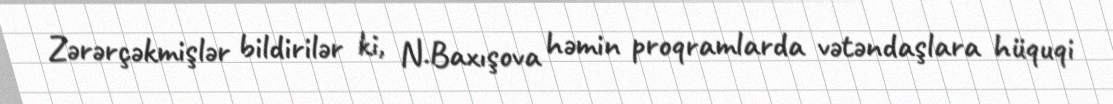
Zərərçəkmişlər bildirilər ki, N.Baxışova həmin proqramlarda vətəndaşlara hüquqi